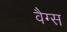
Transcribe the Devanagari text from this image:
वैग्स